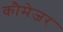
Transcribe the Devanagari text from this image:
कौमेजर